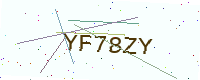
Text: YF78ZY